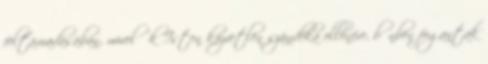
feltámadásában, mivel ők Isten közvetlen szándéka ellenére, bűnben fogantak